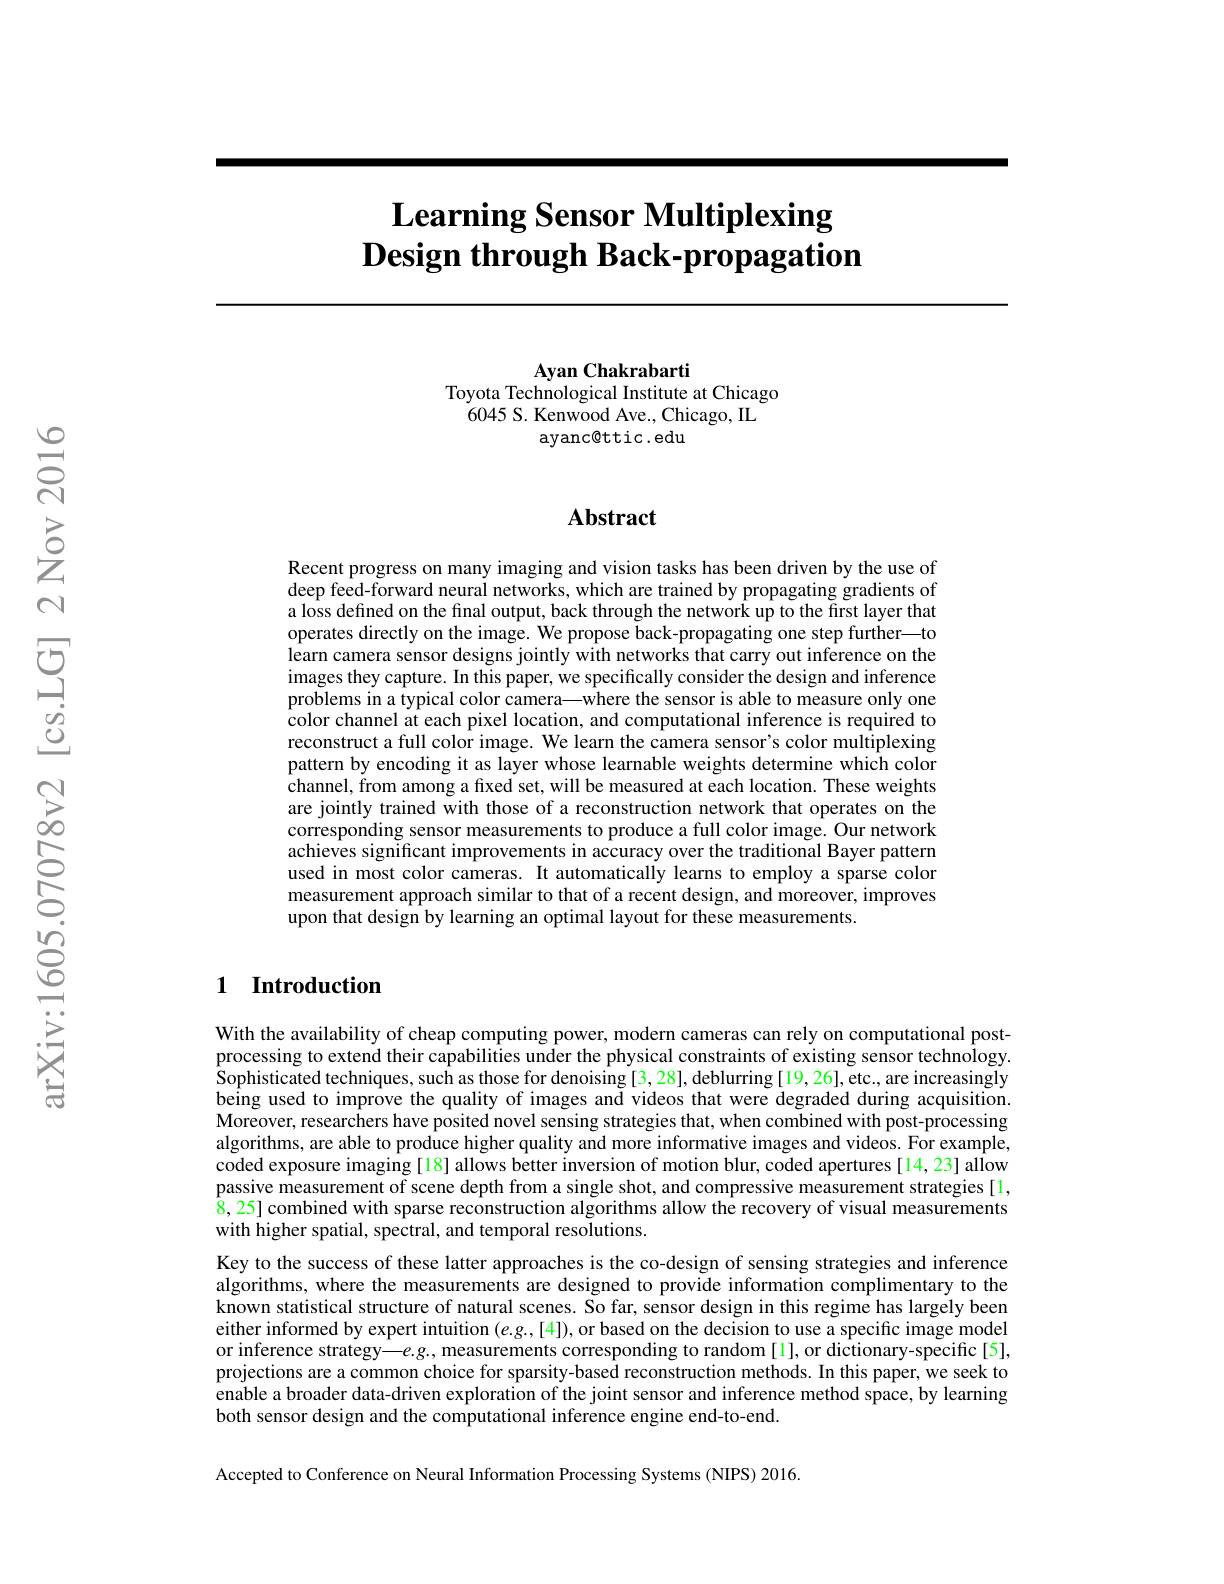
# $\textbf{Learning Sensor Multiplexing}$ $\textbf{Design through Back- propagation}$

Ayan Chakrabarti
Toyota Technological Institute at Chicago
6045 S. Kenwood Ave., Chicago, IL
ayanc@ttic.edu

## $\mathbf{Abstract}$

Recent progress on many imaging and vision tasks has been driven by the use of deep feed-forward neural networks, which are trained by propagating gradients of a loss defined on the final output, back through the network up to the first layer that operates directly on the image. We propose back-propagating one step further—to learn camera sensor designs jointly with networks that carry out inference on the images they capture. In this paper, we specifically consider the design and inference problems in a typical color camera—where the sensor is able to measure only one color channel at each pixel location, and computational inference is required to reconstruct a full color image. We learn the camera sensor's color multiplexing pattern by encoding it as layer whose learnable weights determine which color channel, from among a fixed set, will be measured at each location. These weights are jointly trained with those of a reconstruction network that operates on the corresponding sensor measurements to produce a full color image. Our network achieves significant improvements in accuracy over the traditional Bayer pattern used in most color cameras. It automatically learns to employ a sparse color measurement approach similar to that of a recent design, and moreover, improves upon that design by learning an optimal layout for these measurements.

### 1 Introduction

With the availability of cheap computing power, modern cameras can rely on computational postprocessing to extend their capabilities under the physical constraints of existing sensor technology. Sophisticated techniques, such as those for denoising [3, 28], deblurring [19, 26], etc., are increasingly being used to improve the quality of images and videos that were degraded during acquisition. Moreover, researchers have posited novel sensing strategies that, when combined with post-processing algorithms, are able to produce higher quality and more informative images and videos. For example, coded exposure imaging [18] allows better inversion of motion blur, coded apertures [14,23] allow passive measurement of scene depth from a single shot, and compressive measurement strategies[1, $\bar{8},25]$ combined with sparse reconstruction algorithms allow the recovery of visual measurements with higher spatial, spectral, and temporal resolutions.
Key to the success of these latter approaches is the co-design of sensing strategies and inference $\dot{\text{algorithms, where the measurements are designed to provide information complimentary to the}}$ known statistical structure of natural scenes. So far, sensor design in this regime has largely been either informed by expert intuition $(e.g.,[4])$, or based on the decision to use a specific image model or inference strategy—$e.g.$, measurements corresponding to random[l], or dictionary-specific[5], projections are a common choice for sparsity-based reconstruction methods. In this paper, we seek to enable a broader data-driven exploration of the joint sensor and inference method space, by learning both sensor design and the computational inference engine end-to-end.

Accepted to Conference on Neural Information Processing Systems (NIPS) 2016